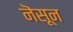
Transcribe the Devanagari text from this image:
नॆसून